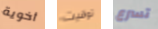
أخوية توقيت تسرع